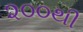
૨૦૦થી